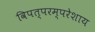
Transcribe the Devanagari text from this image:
विपत्परम्परेशाय